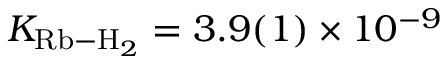
K _ { \mathrm { R b - H } _ { 2 } } = 3 . 9 ( 1 ) \times 1 0 ^ { - 9 }